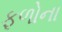
ફળોના